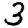
Digit: 3